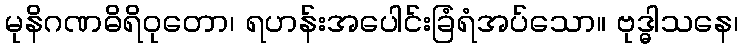
မုနိဂဏဓိရိဝုတော၊ ရဟန်းအပေါင်းခြံရံအပ်သော။ ဗုဒ္ဓါသနေ၊